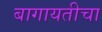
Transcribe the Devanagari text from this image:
बागायतीचा